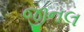
જીનલ